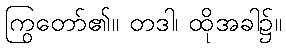
ကြွတော်၏။ တဒါ၊ ထိုအခါ၌။